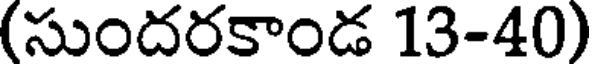
(సుందరకాండ 13-40)